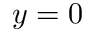
y = 0